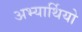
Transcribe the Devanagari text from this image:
अभ्यार्थियो